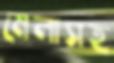
মেলাসহ